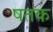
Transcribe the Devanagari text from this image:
षतक